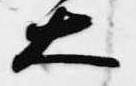
大